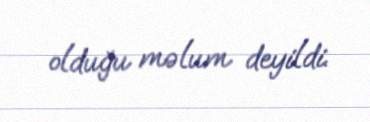
olduğu məlum deyildi.